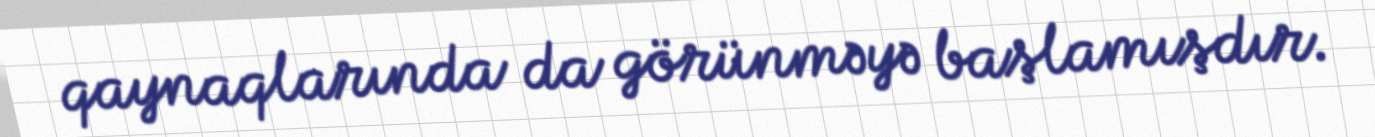
qaynaqlarında da görünməyə başlamışdır.